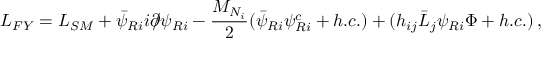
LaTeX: { \cal L } _ { F Y } = { \cal L } _ { S M } + \bar { \psi } _ { R i } i \partial \! \! \! / \psi _ { R i } - \frac { M _ { N _ { i } } } { 2 } ( \bar { \psi } _ { R i } \psi _ { R i } ^ { c } + h . c . ) + ( h _ { i j } \bar { L } _ { j } \psi _ { R i } \Phi + h . c . ) \, ,